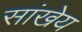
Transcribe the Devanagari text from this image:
सांखेय